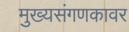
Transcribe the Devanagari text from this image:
मुख्यसंगणकावर